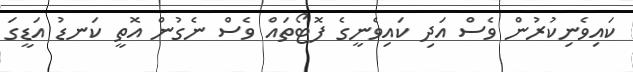
ކައިވެނިކުރުން ވެސް އަދި ކައިވެނީގެ ފޮޓޯތައް ވެސް ނެގުން އޮތީ ކަނޑު އަޑީގަ